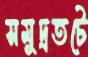
সমুদ্রতটে